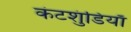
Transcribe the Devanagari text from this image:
कंटशुंडियाँ